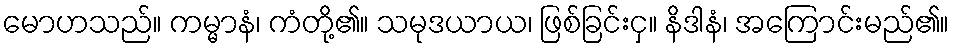
မောဟသည်။ ကမ္မာနံ၊ ကံတို့၏။ သမုဒယာယ၊ ဖြစ်ခြင်းငှ။ နိဒါနံ၊ အကြောင်းမည်၏။